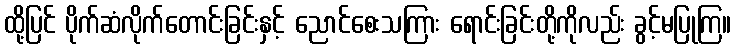
ထို့ပြင် ပိုက်ဆံလိုက်တောင်းခြင်းနှင့် ညောင်စေးသကြား ရောင်းခြင်းတို့ကိုလည်း ခွင့်မပြုကြ။